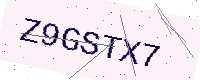
Text: Z9GSTX7